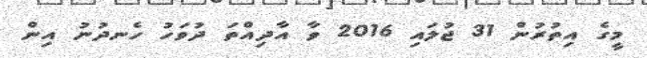
މީގެ އިތުރުން 31 ޖުލައި 2016 ވާ އާދިއްތަ ދުވަހު ހެނދުނު އިން